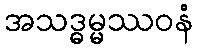
အသဒ္ဓမ္မဿဝနံ